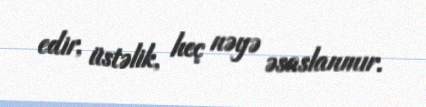
edir, üstəlik, heç nəyə əsaslanmır.